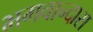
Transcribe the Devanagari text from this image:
भगवान्दास